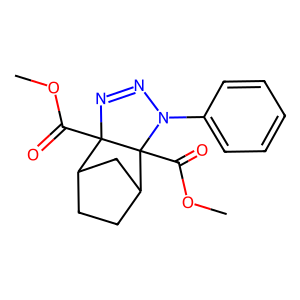
SMILES: COC(=O)C12N=NN(c3ccccc3)C1(C(=O)OC)C1CCC2C1
Inhibits HIV replication: No